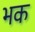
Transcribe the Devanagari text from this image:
भक